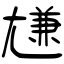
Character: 尲